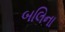
બલિના